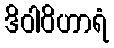
ဒိဝါဝိဟာရံ